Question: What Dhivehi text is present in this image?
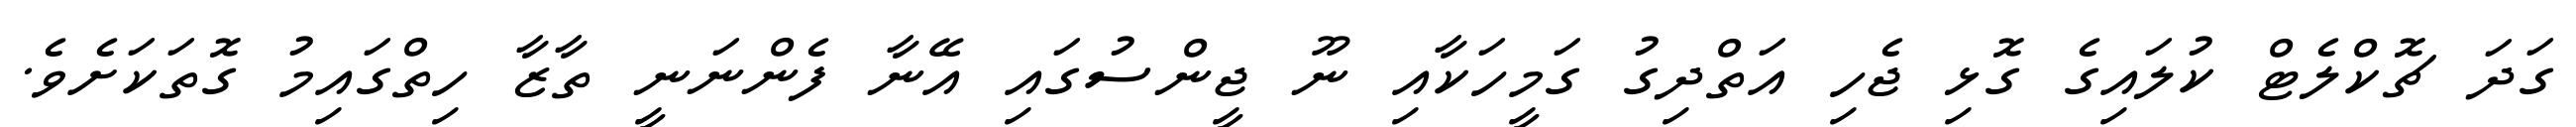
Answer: ގަދަ ޗޮކްލެޓް ކުލައިގެ ގޮޅި ޖެހި އަތްދިގު ގަމީހަކާއި ނޫ ޖީންސުގައި އޭނާ ފެންނަނީ ތާޒާ ހިތްގައިމު ގޮތަކަށެވެ.